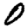
Digit: 0